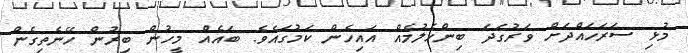
މުޅި ސަރަހައްދަށް ވަރުގަދަ ބިންހެލުމެއް އައިހެން ކަމުގައެވެ. ބައެއް މީހުން ބިރުން ހޭނެތިގެން